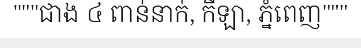
"""ជាង ៤ ពាន់នាក់, កីឡា, ភ្នំពេញ"""